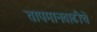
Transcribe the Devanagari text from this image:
तापमानवाढीचे